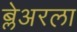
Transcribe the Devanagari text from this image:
ब्लेअरला